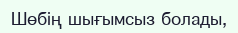
Шөбің шығымсыз болады,